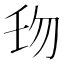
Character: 𠣔